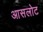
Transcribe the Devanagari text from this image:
आसलोट